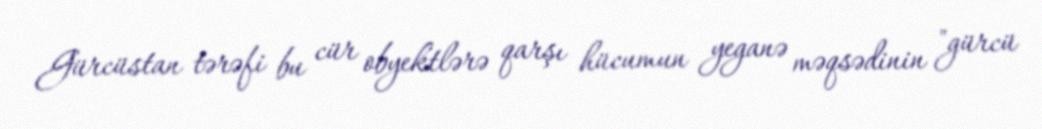
Gürcüstan tərəfi bu cür obyektlərə qarşı hücumun yeganə məqsədinin "gürcü